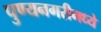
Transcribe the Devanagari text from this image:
पुण्यनगरीमध्ये